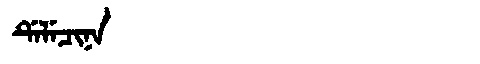
Manchu: ᡩᡝᠯᡝᠴᡳᠨᠠ
Romanization: DELECINA